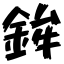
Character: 鉾